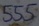
Text: 555